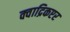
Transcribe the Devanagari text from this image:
क्वाद्रिकप्टर